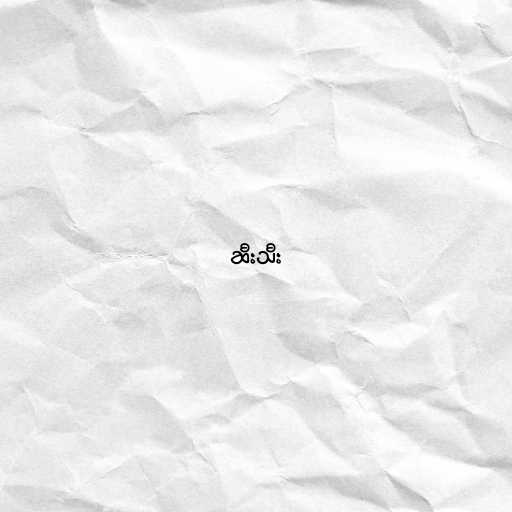
ဆီးသီး